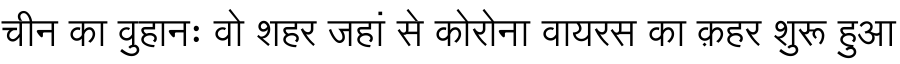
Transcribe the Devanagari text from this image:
चीन का वुहानः वो शहर जहां से कोरोना वायरस का क़हर शुरू हुआ